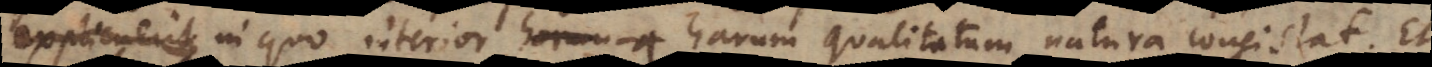
explicuerit in quo interior harum qualitatum natura consistat. Et